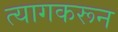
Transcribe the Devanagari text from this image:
त्यागकरून